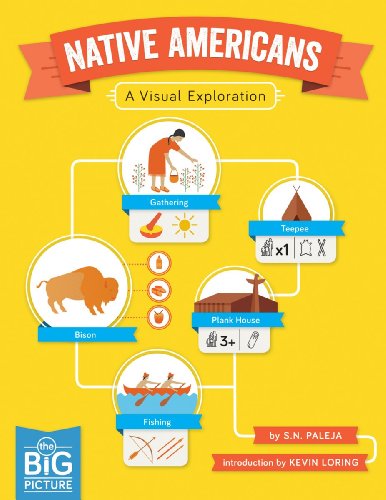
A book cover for Native Americans: A Visual Exploration (The Big Picture); S. Paleja; Children's Books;